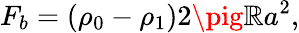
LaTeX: F_{b}=(\rho_{0}-\rho_{1})2\pig\mathbb{R}a^{2},